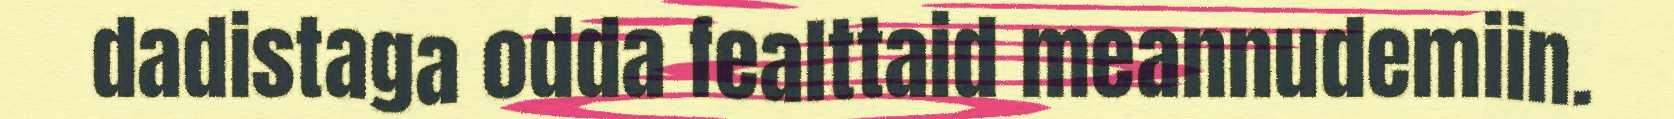
dadistaga odda fealttaid meannudemiin.